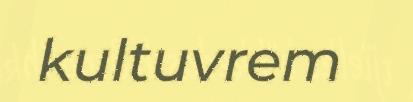
kultuvrem